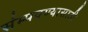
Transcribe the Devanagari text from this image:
संम्पवण्यासाठी